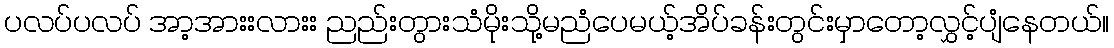
ပလပ်ပလပ် အာ့အားးလားး ညည်းတွားသံမိုးသို့မညံပေမယ့်အိပ်ခန်းတွင်းမှာတော့လွှင့်ပျံနေတယ်။